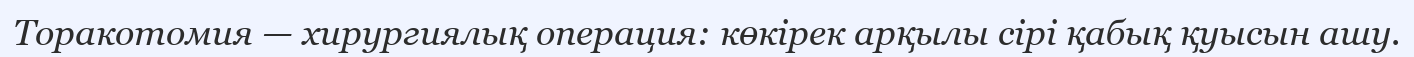
Торакотомия — хирургиялық операция: көкірек арқылы сірі қабық қуысын ашу.